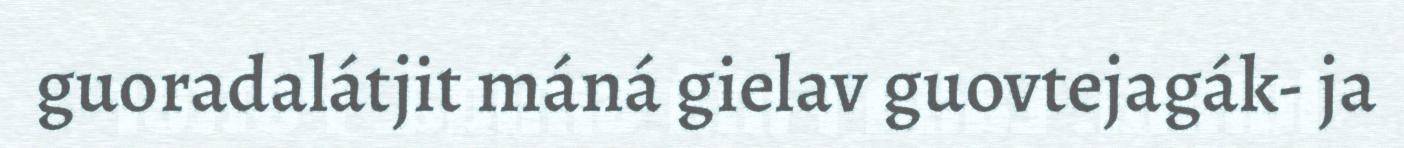
guoradalátjit máná gielav guovtejagák- ja